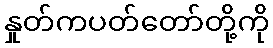
နှုတ်ကပတ်တော်တို့ကို